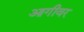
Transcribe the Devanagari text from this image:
आगीवर